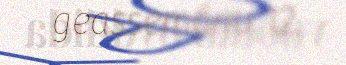
geassemánu 12.